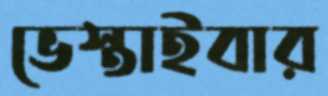
ভেস্তাইবার